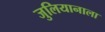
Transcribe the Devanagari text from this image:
जुलियानाला